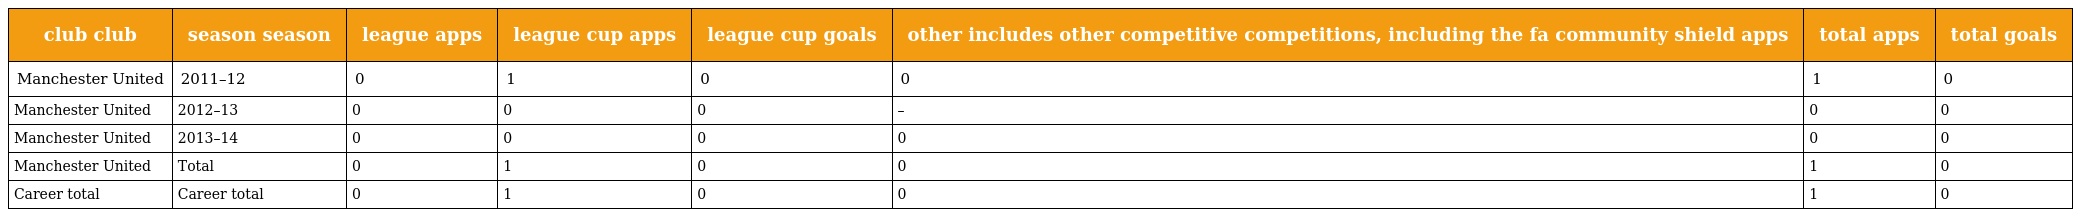
| club club | season season | league apps | league cup apps | league cup goals | other includes other competitive competitions, including the fa community shield apps | total apps | total goals |
 | --- | --- | --- | --- | --- | --- | --- | --- |
 | Manchester United | 2011–12 | 0 | 1 | 0 | 0 | 1 | 0 |
 | Manchester United | 2012–13 | 0 | 0 | 0 | – | 0 | 0 |
 | Manchester United | 2013–14 | 0 | 0 | 0 | 0 | 0 | 0 |
 | Manchester United | Total | 0 | 1 | 0 | 0 | 1 | 0 |
 | Career total | Career total | 0 | 1 | 0 | 0 | 1 | 0 |